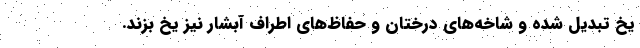
یخ تبدیل شده و شاخه‌های درختان و حفاظ‌های اطراف آبشار نیز یخ بزند.